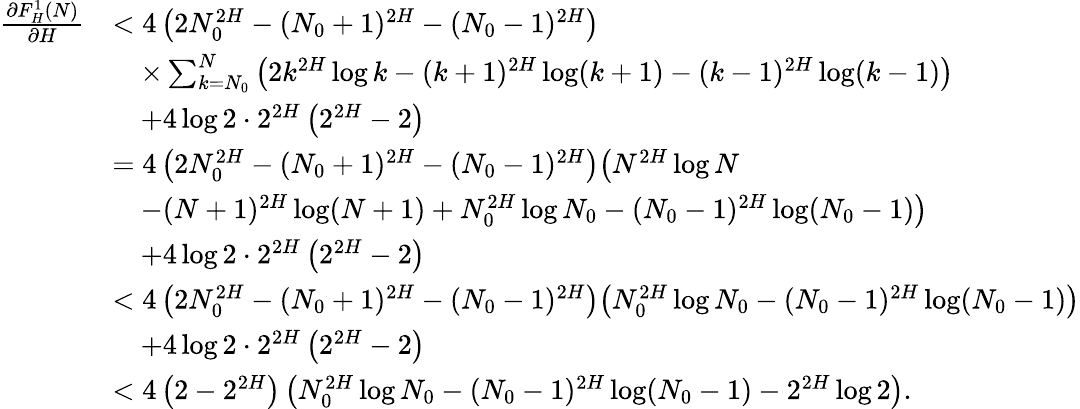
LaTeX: \begin{array}{rl}{\frac{\partial F_{H}^{1}(N)}{\partial H}}&{<4\left(2N_{0}^{2H}-(N_{0}+1)^{2H}-(N_{0}-1)^{2H}\right)}\\ &{\quad\times\sum_{k=N_{0}}^{N}\left(2k^{2H}\log k-(k+1)^{2H}\log(k+1)-(k-1)^{2H}\log(k-1)\right)}\\ &{\quad+4\log 2\cdot 2^{2H}\left(2^{2H}-2\right)}\\ &{=4\left(2N_{0}^{2H}-(N_{0}+1)^{2H}-(N_{0}-1)^{2H}\right)\bigl(N^{2H}\log N}\\ &{\quad-(N+1)^{2H}\log(N+1)+N_{0}^{2H}\log N_{0}-(N_{0}-1)^{2H}\log(N_{0}-1)\bigr)}\\ &{\quad+4\log 2\cdot 2^{2H}\left(2^{2H}-2\right)}\\ &{<4\left(2N_{0}^{2H}-(N_{0}+1)^{2H}-(N_{0}-1)^{2H}\right)\bigl(N_{0}^{2H}\log N_{0}-(N_{0}-1)^{2H}\log(N_{0}-1)\bigr)}\\ &{\quad+4\log 2\cdot 2^{2H}\left(2^{2H}-2\right)}\\ &{<4\left(2-2^{2H}\right)\left(N_{0}^{2H}\log N_{0}-(N_{0}-1)^{2H}\log(N_{0}-1)-2^{2H}\log 2\right).}\end{array}